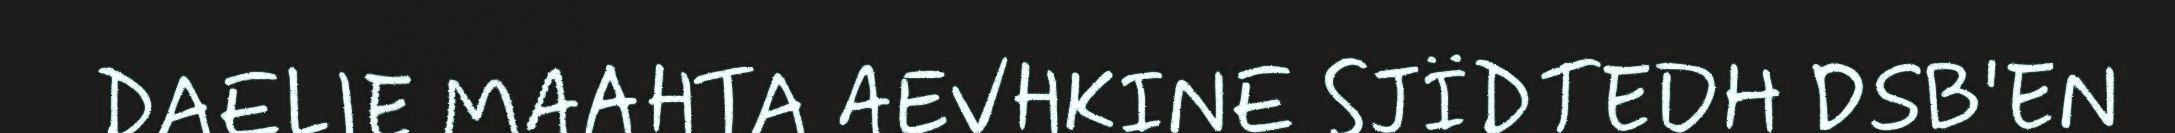
DAELIE MAAHTA AEVHKINE SJÏDTEDH DSB'EN